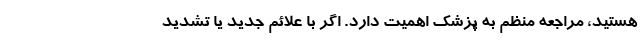
هستید، مراجعه منظم به پزشک اهمیت دارد. اگر با علائم جدید یا تشدید